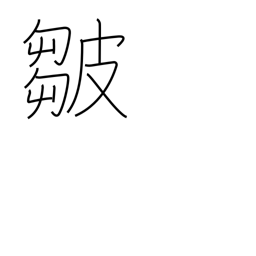
Meaning: folds